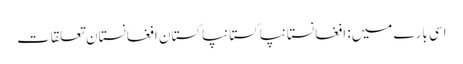
اسی بارے میں: افغانستانپاکستانپاکستان افغانستان تعلقات